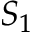
S _ { 1 }